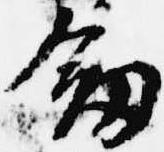
剣